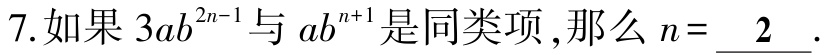
7.如果\(3ab^{2n - 1}\)与\(ab^{n + 1}\)是同类项,那么\(n = \underline{2}\).